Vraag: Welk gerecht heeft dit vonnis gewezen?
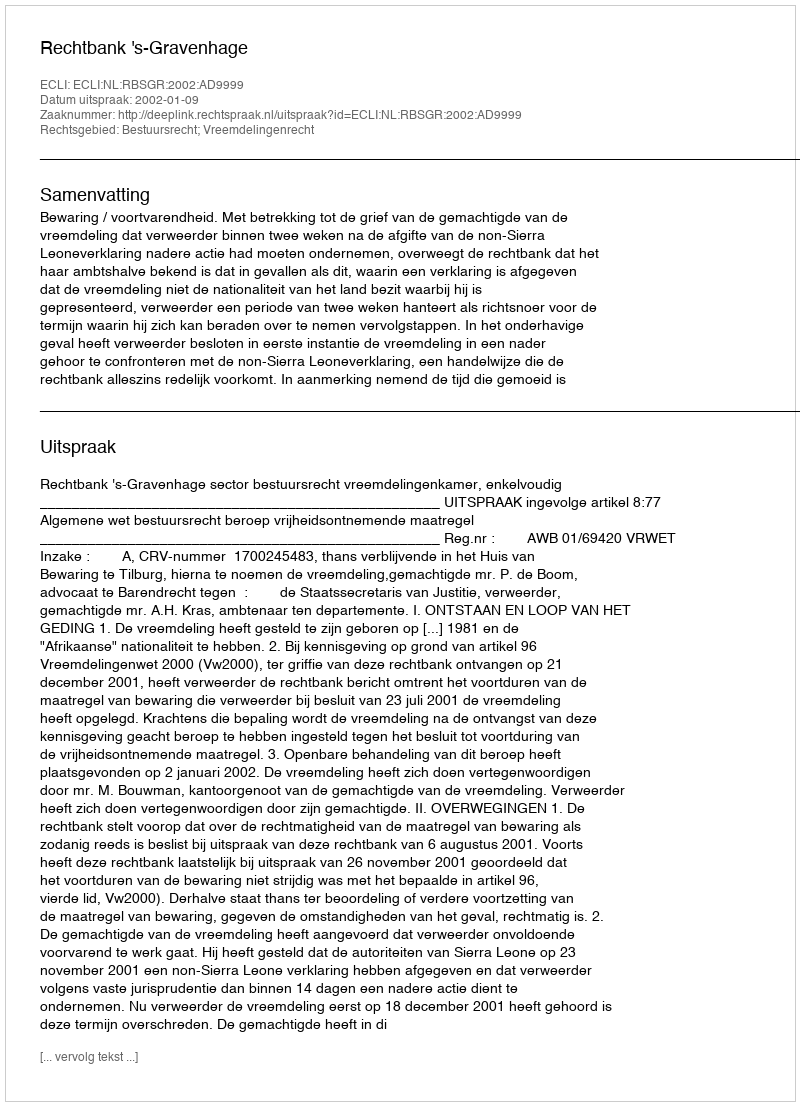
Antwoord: Rechtbank 's-Gravenhage